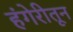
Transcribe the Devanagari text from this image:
हंगेरीतून